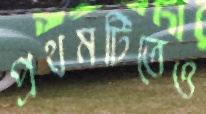
প্রথমটিতেও